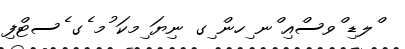
ްލޑި ްވސްއި ްނ ިހން ިގ ނިޔަ ިމކަ ުމ ެގ ެސޓްފި